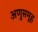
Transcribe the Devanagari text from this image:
अणुसमूह